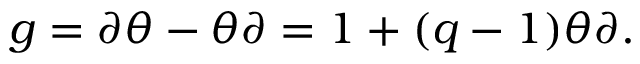
g = \partial \theta - \theta \partial = 1 + ( q - 1 ) \theta \partial .